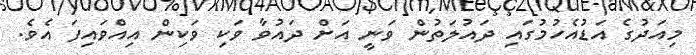
މިއަދުގެ އަޑުއެހުމުގައި ދައުލަތުން ވަނީ އަށް ދައުވާ ވަކި ވަކިން އިއްވައިފަ އެވެ.